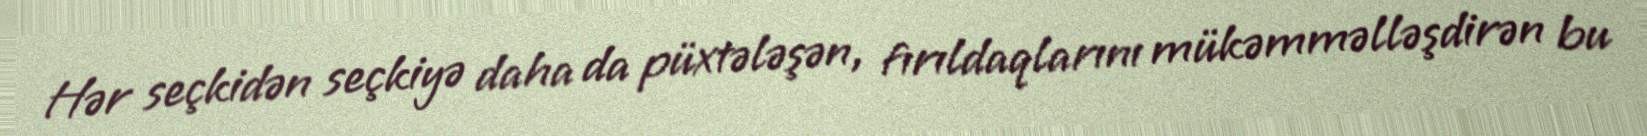
Hər seçkidən seçkiyə daha da püxtələşən, fırıldaqlarını mükəmməlləşdirən bu